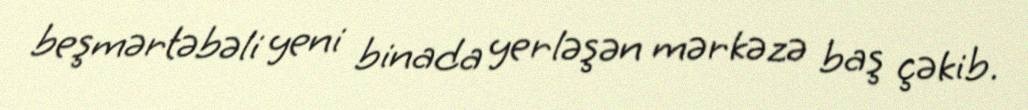
beşmərtəbəli yeni binada yerləşən mərkəzə baş çəkib.